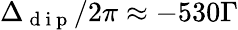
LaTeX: \Delta_{\mathrm{~d~i~p~}}/2\pi\approx-530\Gamma